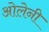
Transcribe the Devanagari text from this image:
ओलेनी